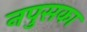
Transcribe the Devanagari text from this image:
नपुसका